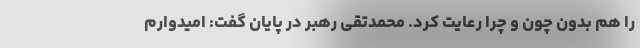
را هم بدون چون و چرا رعایت کرد. محمدتقی رهبر در پایان گفت: امیدوارم